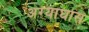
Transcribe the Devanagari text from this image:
अग्याघास